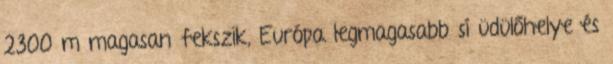
2300 m magasan fekszik, Európa legmagasabb sí üdülőhelye és